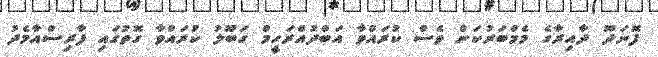
ފޮނަދޫ ދާއިރާގެެ މެމްބަރުކަން ވެސް ކުރައްވާ އަބްދުއްރަހީމް ގަބޫލު ކުރައްވާ ގޮތުގައި ފާރިސްއާމެދު